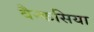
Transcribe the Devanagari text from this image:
बैन्कसिया